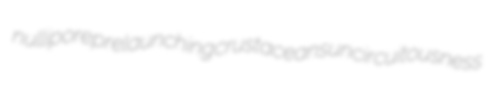
nullipore prelaunching crustaceans uncircuitousness